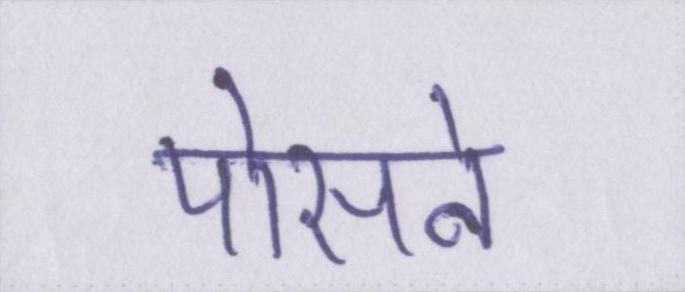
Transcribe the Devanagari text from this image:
पोसने